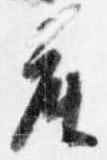
座